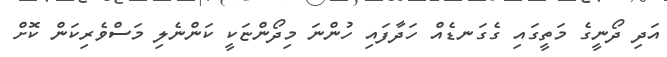
އަދި ދޯނީގެ މަތީގައި ގެގަނޑެއް ހަދާފައި ހުންނަ މިދޯންޏަކީ ކަންނެލި މަސްވެރިކަން ކޮށް